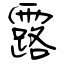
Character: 露